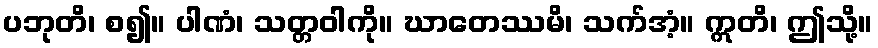
ပဘုတိ၊ စ၍။ ပါဏံ၊ သတ္တဝါကို။ ဃာတေဿမိ၊ သက်အံ့။ ဣတိ၊ ဤသို့။